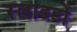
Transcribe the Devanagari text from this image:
स्लाडडों